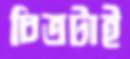
চিত্রটাই